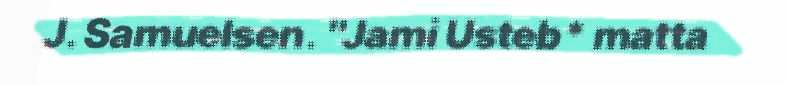
J. Samuelsen. "Jami Usteb* matta